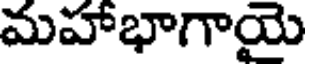
మహాభాగాయై